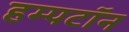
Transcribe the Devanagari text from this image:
हम्पटॉन